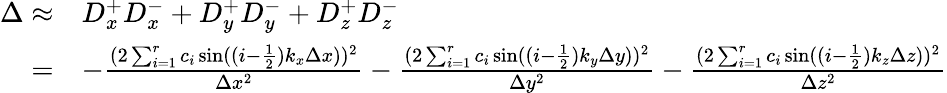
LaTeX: \begin{array}{rl}{\Delta\approx}&{D_{x}^{+}D_{x}^{-}+D_{y}^{+}D_{y}^{-}+D_{z}^{+}D_{z}^{-}}\\ {=}&{-\frac{(2\sum_{i=1}^{r}c_{i}\sin((i-\frac{1}{2})k_{x}\Delta x))^{2}}{\Delta x^{2}}-\frac{(2\sum_{i=1}^{r}c_{i}\sin((i-\frac{1}{2})k_{y}\Delta y))^{2}}{\Delta y^{2}}-\frac{(2\sum_{i=1}^{r}c_{i}\sin((i-\frac{1}{2})k_{z}\Delta z))^{2}}{\Delta z^{2}}}\end{array}